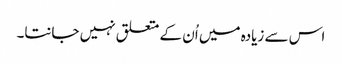
اس سے زیادہ میں اُن کے متعلق نہیں جانتا۔